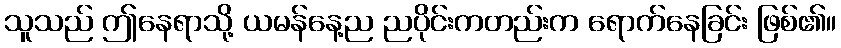
သူသည် ဤနေရာသို့ ယမန်နေ့ည ညပိုင်းကတည်းက ရောက်နေခြင်း ဖြစ်၏။